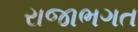
રાજાભગત